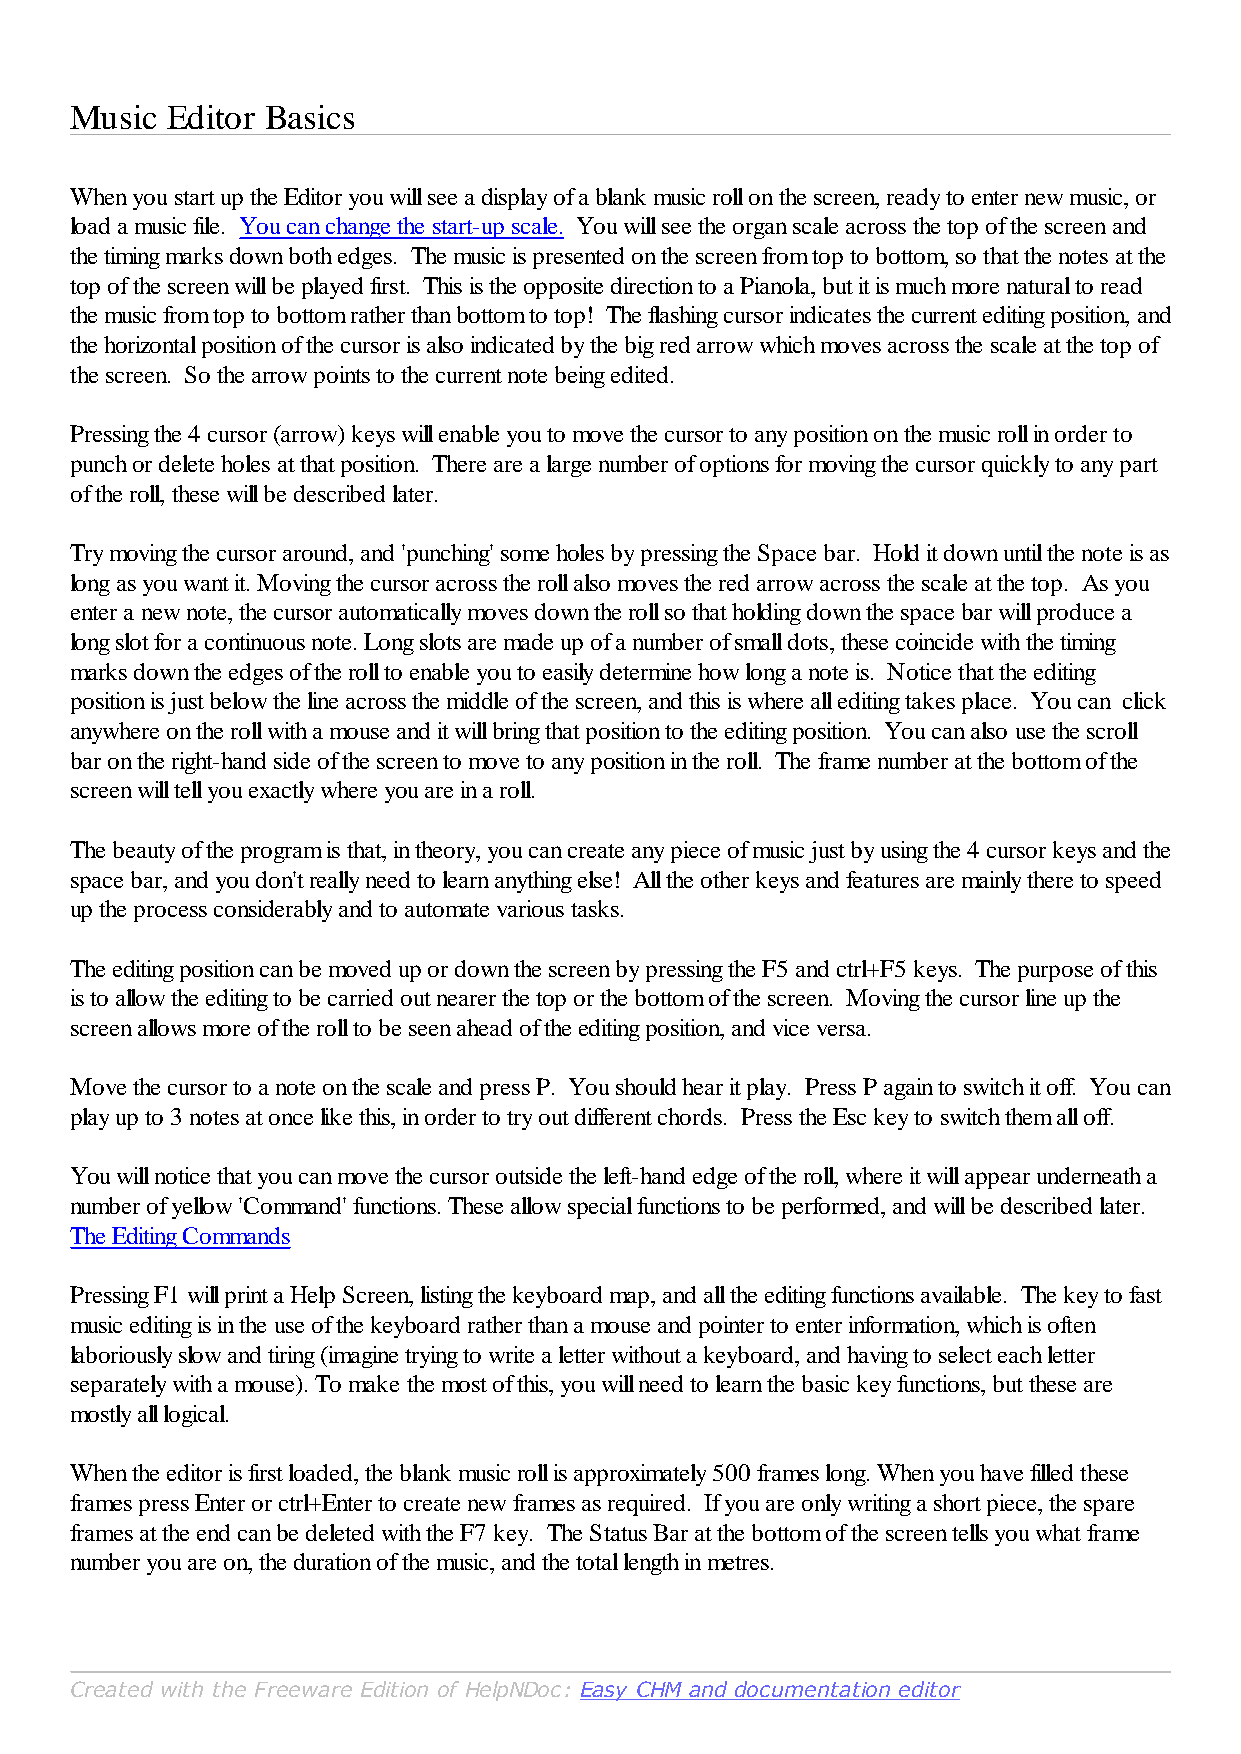
Music Editor Basics
 When you start up the Editor you will see a display of a blank music roll on the screen, ready to enter new music, or
 load a music file. You can change the start-up scale. You will see the organ scale across the top of the screen and
 the timing marks down both edges. The music is presented on the screen from top to bottom, so that the notes at the
 top of the screen will be played first. This is the opposite direction to a Pianola, but it is much more natural to read
 the music from top to bottom rather than bottom to top! The flashing cursor indicates the current editing position, and
 the horizontal position of the cursor is also indicated by the big red arrow which moves across the scale at the top of
 the screen. So the arrow points to the current note being edited.
 Pressing the 4 cursor (arrow) keys will enable you to move the cursor to any position on the music roll in order to
 punch or delete holes at that position. There are a large number of options for moving the cursor quickly to any part
 of the roll, these will be described later.
 Try moving the cursor around, and 'punching' some holes by pressing the Space bar. Hold it down until the note is as
 long as you want it. Moving the cursor across the roll also moves the red arrow across the scale at the top. As you
 enter a new note, the cursor automatically moves down the roll so that holding down the space bar will produce a
 long slot for a continuous note. Long slots are made up of a number of small dots, these coincide with the timing
 marks down the edges of the roll to enable you to easily determine how long a note is. Notice that the editing
 position is just below the line across the middle of the screen, and this is where all editing takes place. You can click
 anywhere on the roll with a mouse and it will bring that position to the editing position. You can also use the scroll
 bar on the right-hand side of the screen to move to any position in the roll. The frame number at the bottom of the
 screen will tell you exactly where you are in a roll.
 The beauty of the program is that, in theory, you can create any piece of music just by using the 4 cursor keys and the
 space bar, and you don't really need to learn anything else! All the other keys and features are mainly there to speed
 up the process considerably and to automate various tasks.
 The editing position can be moved up or down the screen by pressing the F5 and ctrl+F5 keys. The purpose of this
 is to allow the editing to be carried out nearer the top or the bottom of the screen. Moving the cursor line up the
 screen allows more of the roll to be seen ahead of the editing position, and vice versa.
 Move the cursor to a note on the scale and press P. You should hear it play. Press P again to switch it off. You can
 play up to 3 notes at once like this, in order to try out different chords. Press the Esc key to switch them all off.
 You will notice that you can move the cursor outside the left-hand edge of the roll, where it will appear underneath a
 number of yellow 'Command' functions. These allow special functions to be performed, and will be described later.
 The Editing Commands
 Pressing F1 will print a Help Screen, listing the keyboard map, and all the editing functions available. The key to fast
 music editing is in the use of the keyboard rather than a mouse and pointer to enter information, which is often
 laboriously slow and tiring (imagine trying to write a letter without a keyboard, and having to select each letter
 separately with a mouse). To make the most of this, you will need to learn the basic key functions, but these are
 mostly all logical.
 When the editor is first loaded, the blank music roll is approximately 500 frames long. When you have filled these
 frames press Enter or ctrl+Enter to create new frames as required. If you are only writing a short piece, the spare
 frames at the end can be deleted with the F7 key. The Status Bar at the bottom of the screen tells you what frame
 number you are on, the duration of the music, and the total length in metres.
 Created with the Freeware Edition of HelpNDoc: Easy CHM and documentation editor